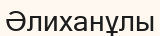
Әлиханұлы